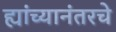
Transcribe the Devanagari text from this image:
ह्यांच्यानंतरचे